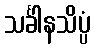
သင်္ခါနသိပ္ပံ